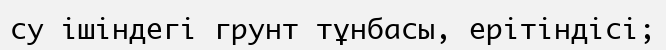
су ішіндегі грунт тұнбасы, ерітіндісі;